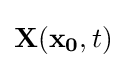
{\textstyle \mathbf {X} (\mathbf {x_{0}} ,t)}